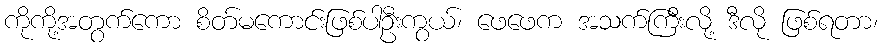
ကိုကို့အတွက်ကော စိတ်မကောင်းဖြစ်ပါဦးကွယ်၊ ဖေဖေက အသက်ကြီးလို့ ဒီလို ဖြစ်ရတာ၊